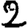
Digit: 2